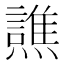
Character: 𰟳